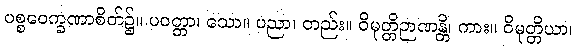
ပစ္စဝေက္ခဏာစိတ်၌။ ပဝတ္တာ၊ သော။ ပညာ၊ တည်း။ ဝိမုတ္တိဉာဏန္တိ၊ ကား။ ဝိမုတ္တိယာ၊